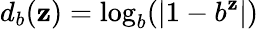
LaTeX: d_{b}(\mathbf{z})=\log_{b}(|1-b^{\mathbf{z}}|)